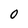
Character: O